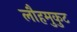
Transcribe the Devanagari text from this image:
लौहमुकुट